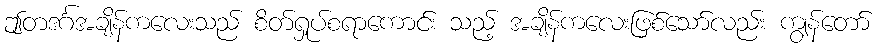
ဤတဒင်္ဂအချိန်ကလေးသည် စိတ်ရှုပ်စရာကောင်း သည့် အချိန်ကလေးဖြစ်သော်လည်း ကျွန်တော်